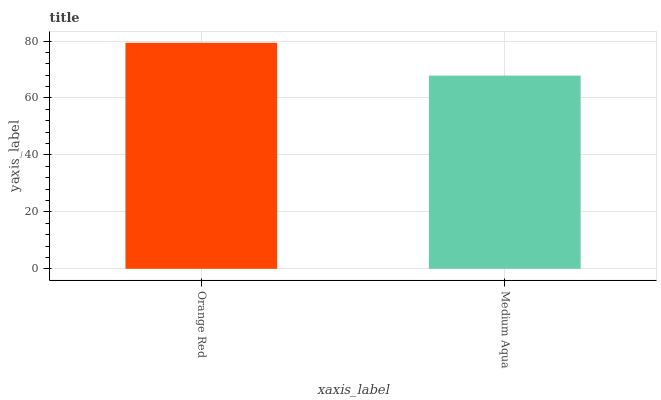
| xaxis_label | bars |
 | --- | --- |
 | Orange Red | 79.4 |
 | Medium Aqua | 67.9 |